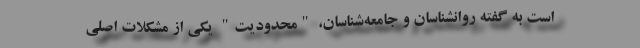
است به گفته روانشناسان و جامعه‌شناسان، "محدودیت" یکی از مشکلات اصلی